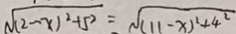
\sqrt { ( 2 - x ) ^ { 2 } + 5 ^ { 2 } } = \sqrt { ( 1 1 - x ) ^ { 2 } + 4 ^ { 2 } }